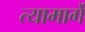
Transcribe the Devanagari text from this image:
त्यामार्गे